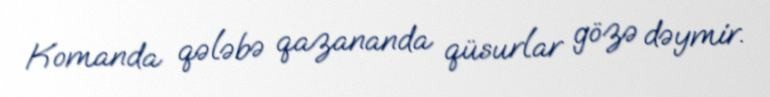
Komanda qələbə qazananda qüsurlar gözə dəymir.